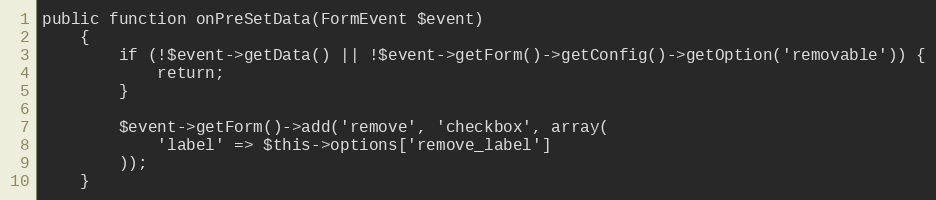
Language: PHP
public function onPreSetData(FormEvent $event)
    {
        if (!$event->getData() || !$event->getForm()->getConfig()->getOption('removable')) {
            return;
        }

        $event->getForm()->add('remove', 'checkbox', array(
            'label' => $this->options['remove_label']
        ));
    }